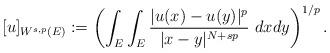
LaTeX: \begin{align*} [u]_{W^{s,p}(E)}:= \left(\int_{E}\int_{E} \frac{|u(x)-u(y)|^p}{|x-y|^{N+sp}}~dxdy \right)^{1/p}. \end{align*}